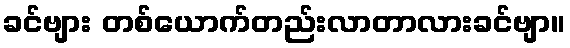
ခင်ဗျား တစ်ယောက်တည်းလာတာလားခင်ဗျာ။